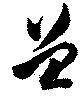
曽